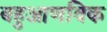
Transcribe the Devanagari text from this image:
बहुआणविक